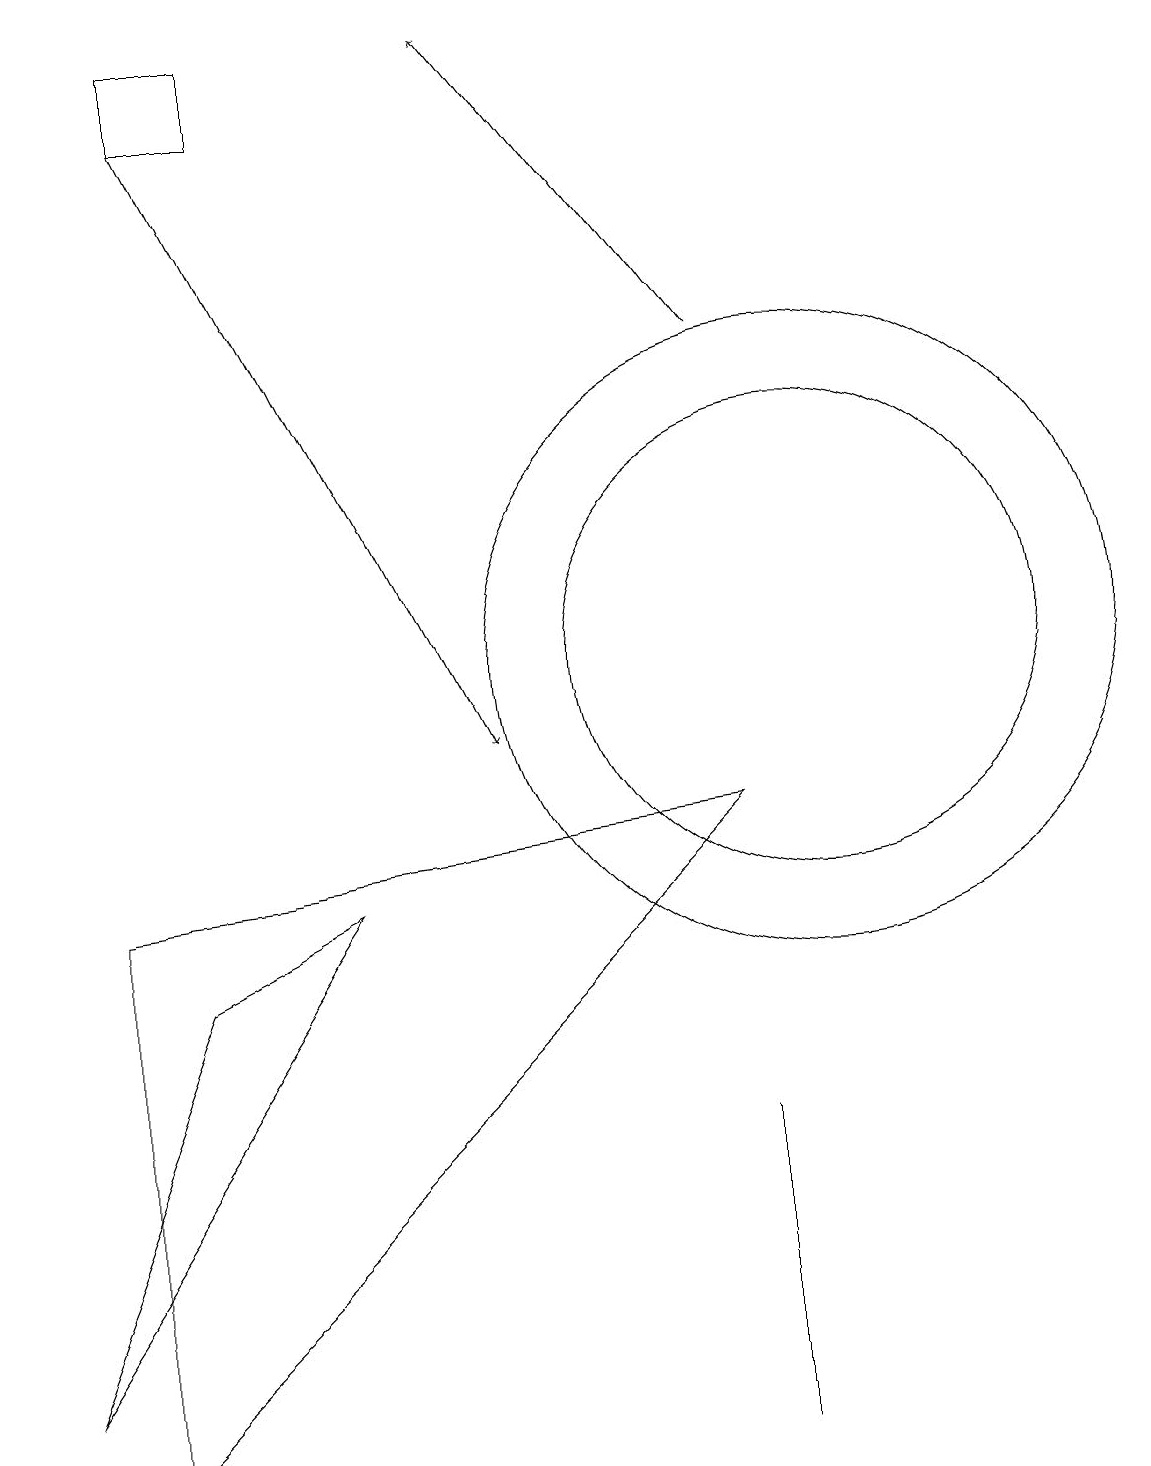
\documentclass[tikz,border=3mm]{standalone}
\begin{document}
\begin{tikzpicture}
\draw[->] (9,15) -- (6,19);
\draw (1,8) -- (1,1) -- (9,9) -- cycle;
\draw (2,19) rectangle (3,18);
\draw (9,1) -- (9,2) -- (9,5) -- cycle;
\draw (10,11) circle (3);
\draw (4,8) -- (2,7) -- (0,2) -- cycle;
\draw (10,11) circle (4);
\draw[->] (2,18) -- (6,10);
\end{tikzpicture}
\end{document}